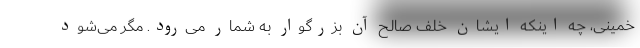
‌خمینی، چه اینکه ایشان خلف صالح آن بزرگوار به شمار می‌رود. مگر می‌شود